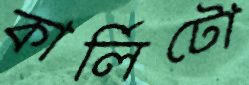
কার্লিটো